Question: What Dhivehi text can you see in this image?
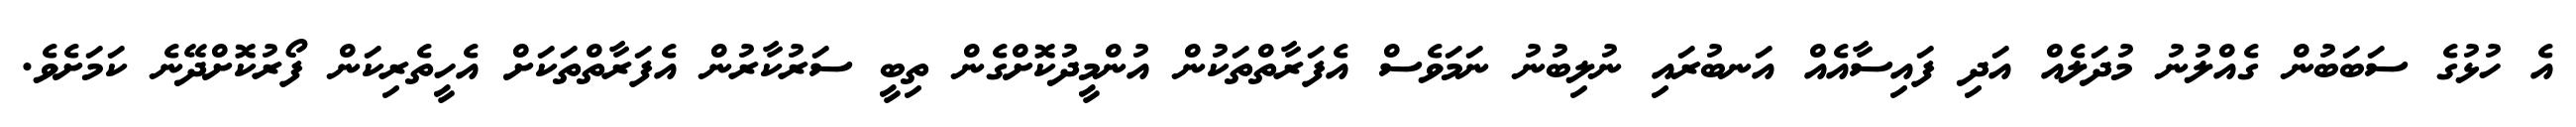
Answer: އެ ހުޅުގެ ސަބަބުން ގެއްލުނު މުދަލެއް އަދި ފައިސާއެއް އަނބުރައި ނުލިބުނު ނަމަވެސް އެފަރާތްތަކުން އުންމީދުކޮށްގެން ތިބީ ސަރުކާރުން އެފަރާތްތަކަށް އެހީތެރިކަން ފޯރުކޮށްދޭނެ ކަމަށެވެ.